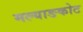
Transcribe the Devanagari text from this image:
मल्याङकोट